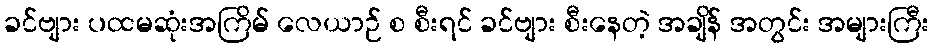
ခင်ဗျား ပထမဆုံးအကြိမ် လေယာဉ် စ စီးရင် ခင်ဗျား စီးနေတဲ့ အချိန် အတွင်း အများကြီး